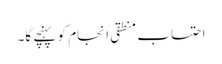
احتساب منطقی انجام کو پہنچے گا۔